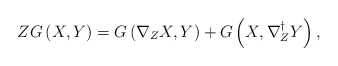
\begin{align*}ZG\left( X,Y\right) =G\left( \nabla _{Z}X,Y\right) +G\left( X,\nabla_{Z}^{\dag }Y\right) , \end{align*}